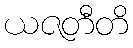
ယဇတီတိ